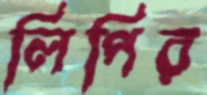
লিপির